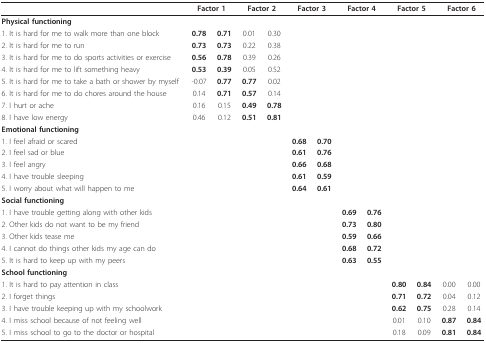
<table><thead><tr><td></td><td colspan="2"><b>Factor 1</b></td><td colspan="2"><b>Factor 2</b></td><td colspan="2"><b>Factor 3</b></td><td colspan="2"><b>Factor 4</b></td><td colspan="2"><b>Factor 5</b></td><td colspan="2"><b>Factor 6</b></td></tr></thead><tbody><tr><td><b>Physical functioning</b></td><td></td><td></td><td></td><td></td><td></td><td></td><td></td><td></td><td></td><td></td><td></td><td></td></tr><tr><td>1. It is hard for me to walk more than one block</td><td><b>0.78</b></td><td><b>0.71</b></td><td>0.01</td><td>0.30</td><td></td><td></td><td></td><td></td><td></td><td></td><td></td><td></td></tr><tr><td>2. It is hard for me to run</td><td><b>0.73</b></td><td><b>0.73</b></td><td>0.22</td><td>0.38</td><td></td><td></td><td></td><td></td><td></td><td></td><td></td><td></td></tr><tr><td>3. It is hard for me to do sports activities or exercise</td><td><b>0.56</b></td><td><b>0.78</b></td><td>0.39</td><td>0.26</td><td></td><td></td><td></td><td></td><td></td><td></td><td></td><td></td></tr><tr><td>4. It is hard for me to lift something heavy</td><td><b>0.53</b></td><td><b>0.39</b></td><td>0.05</td><td>0.52</td><td></td><td></td><td></td><td></td><td></td><td></td><td></td><td></td></tr><tr><td>5. It is hard for me to take a bath or shower by myself</td><td>-0.07</td><td><b>0.77</b></td><td><b>0.77</b></td><td>0.02</td><td></td><td></td><td></td><td></td><td></td><td></td><td></td><td></td></tr><tr><td>6. It is hard for me to do chores around the house</td><td>0.14</td><td><b>0.71</b></td><td><b>0.57</b></td><td>0.14</td><td></td><td></td><td></td><td></td><td></td><td></td><td></td><td></td></tr><tr><td>7. I hurt or ache</td><td>0.16</td><td>0.15</td><td><b>0.49</b></td><td><b>0.78</b></td><td></td><td></td><td></td><td></td><td></td><td></td><td></td><td></td></tr><tr><td>8. I have low energy</td><td>0.46</td><td>0.12</td><td><b>0.51</b></td><td><b>0.81</b></td><td></td><td></td><td></td><td></td><td></td><td></td><td></td><td></td></tr><tr><td><b>Emotional functioning</b></td><td></td><td></td><td></td><td></td><td></td><td></td><td></td><td></td><td></td><td></td><td></td><td></td></tr><tr><td>1. I feel afraid or scared</td><td></td><td></td><td></td><td></td><td><b>0.68</b></td><td><b>0.70</b></td><td></td><td></td><td></td><td></td><td></td><td></td></tr><tr><td>2. I feel sad or blue</td><td></td><td></td><td></td><td></td><td><b>0.61</b></td><td><b>0.76</b></td><td></td><td></td><td></td><td></td><td></td><td></td></tr><tr><td>3. I feel angry</td><td></td><td></td><td></td><td></td><td><b>0.66</b></td><td><b>0.68</b></td><td></td><td></td><td></td><td></td><td></td><td></td></tr><tr><td>4. I have trouble sleeping</td><td></td><td></td><td></td><td></td><td><b>0.61</b></td><td><b>0.59</b></td><td></td><td></td><td></td><td></td><td></td><td></td></tr><tr><td>5. I worry about what will happen to me</td><td></td><td></td><td></td><td></td><td><b>0.64</b></td><td><b>0.61</b></td><td></td><td></td><td></td><td></td><td></td><td></td></tr><tr><td><b>Social functioning</b></td><td></td><td></td><td></td><td></td><td></td><td></td><td></td><td></td><td></td><td></td><td></td><td></td></tr><tr><td>1. I have trouble getting along with other kids</td><td></td><td></td><td></td><td></td><td></td><td></td><td><b>0.69</b></td><td><b>0.76</b></td><td></td><td></td><td></td><td></td></tr><tr><td>2. Other kids do not want to be my friend</td><td></td><td></td><td></td><td></td><td></td><td></td><td><b>0.73</b></td><td><b>0.80</b></td><td></td><td></td><td></td><td></td></tr><tr><td>3. Other kids tease me</td><td></td><td></td><td></td><td></td><td></td><td></td><td><b>0.59</b></td><td><b>0.66</b></td><td></td><td></td><td></td><td></td></tr><tr><td>4. I cannot do things other kids my age can do</td><td></td><td></td><td></td><td></td><td></td><td></td><td><b>0.68</b></td><td><b>0.72</b></td><td></td><td></td><td></td><td></td></tr><tr><td>5. It is hard to keep up with my peers</td><td></td><td></td><td></td><td></td><td></td><td></td><td><b>0.63</b></td><td><b>0.55</b></td><td></td><td></td><td></td><td></td></tr><tr><td><b>School functioning</b></td><td></td><td></td><td></td><td></td><td></td><td></td><td></td><td></td><td></td><td></td><td></td><td></td></tr><tr><td>1. It is hard to pay attention in class</td><td></td><td></td><td></td><td></td><td></td><td></td><td></td><td></td><td><b>0.80</b></td><td><b>0.84</b></td><td>0.00</td><td>0.00</td></tr><tr><td>2. I forget things</td><td></td><td></td><td></td><td></td><td></td><td></td><td></td><td></td><td><b>0.71</b></td><td><b>0.72</b></td><td>0.04</td><td>0.12</td></tr><tr><td>3. I have trouble keeping up with my schoolwork</td><td></td><td></td><td></td><td></td><td></td><td></td><td></td><td></td><td><b>0.62</b></td><td><b>0.75</b></td><td>0.28</td><td>0.14</td></tr><tr><td>4. I miss school because of not feeling well</td><td></td><td></td><td></td><td></td><td></td><td></td><td></td><td></td><td>0.01</td><td>0.10</td><td><b>0.87</b></td><td><b>0.84</b></td></tr><tr><td>5. I miss school to go to the doctor or hospital</td><td></td><td></td><td></td><td></td><td></td><td></td><td></td><td></td><td>0.18</td><td>0.09</td><td><b>0.81</b></td><td><b>0.84</b></td></tr></tbody></table>